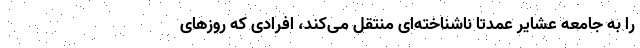
را به جامعه عشایر عمدتاً ناشناخته‌ای منتقل می‌کند، افرادی که روزهای